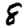
Digit: 8